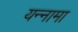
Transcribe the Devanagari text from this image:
यन्‍नामा